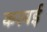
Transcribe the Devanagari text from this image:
करवई